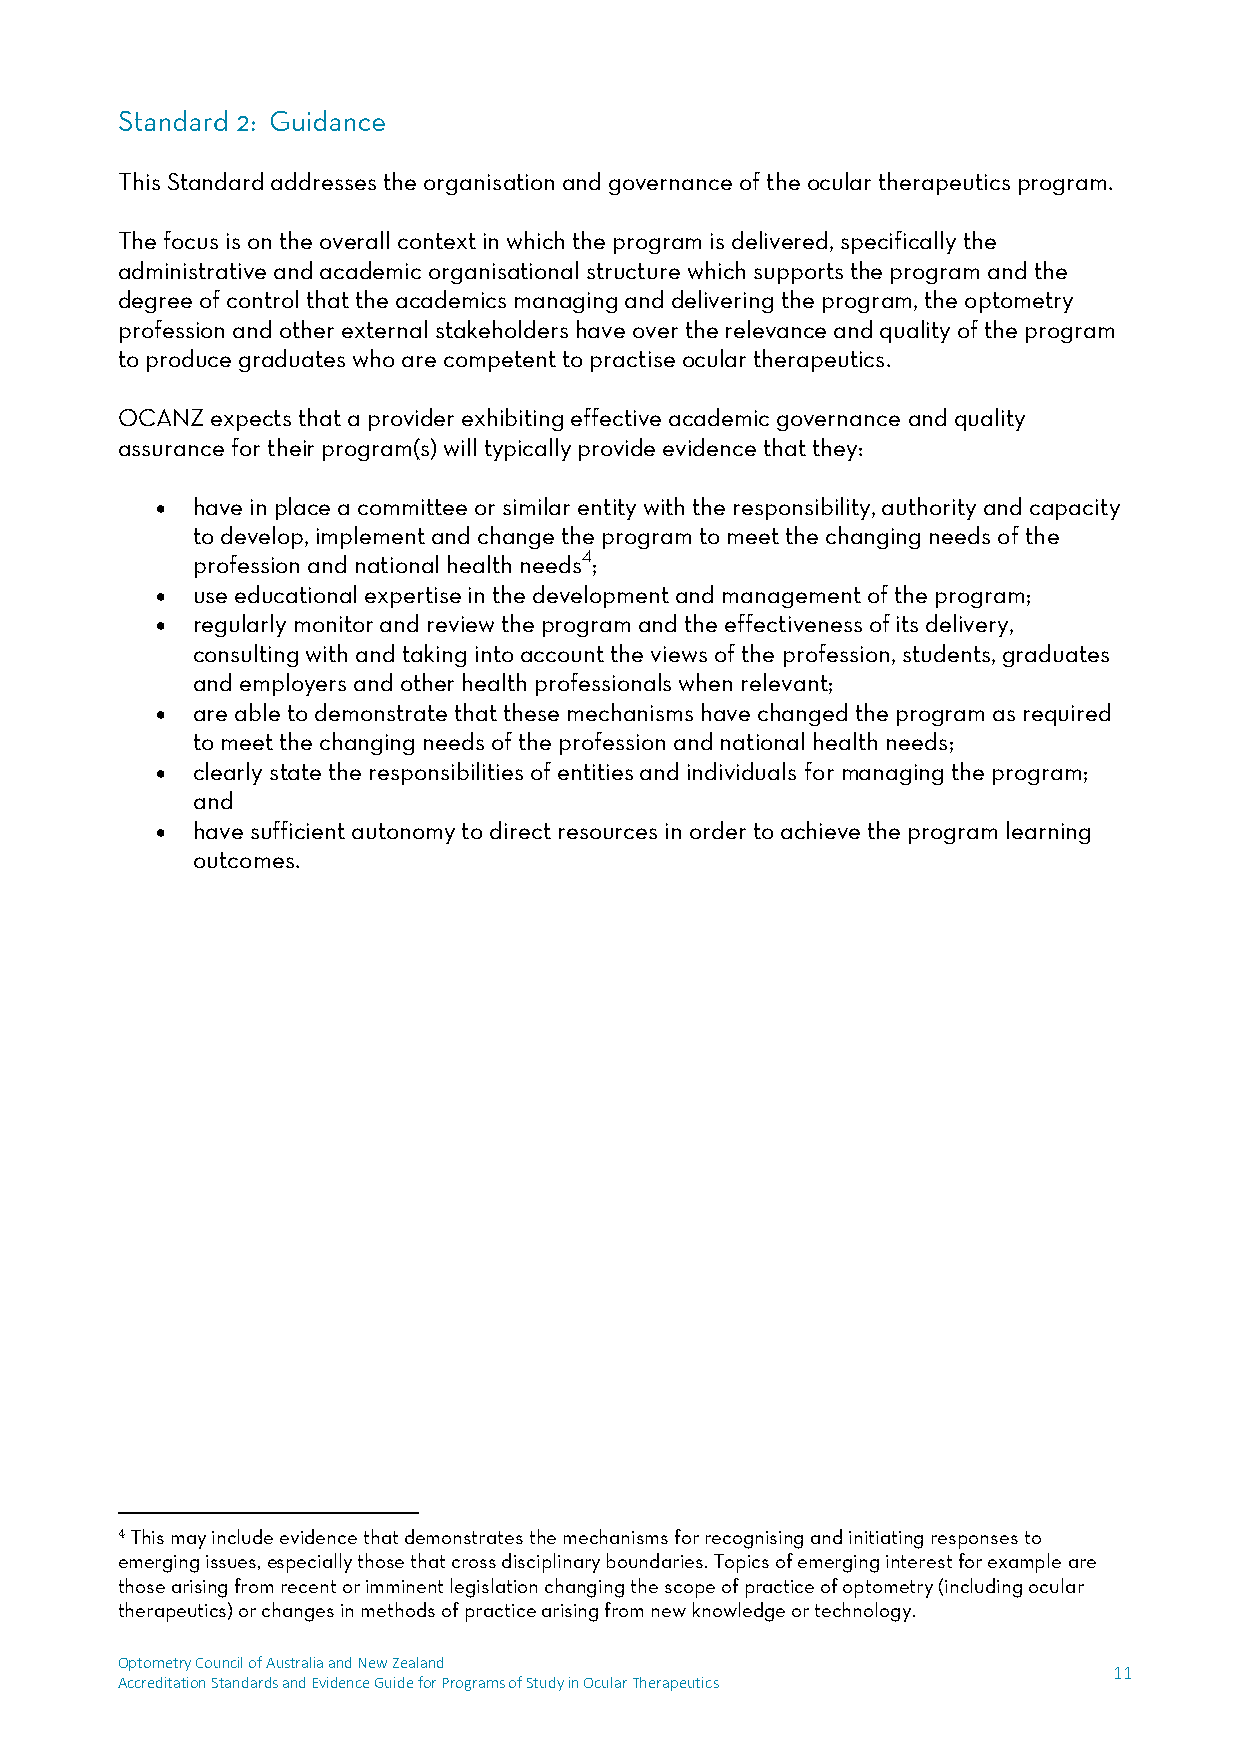
This Standard addresses the organisation and governance of the ocular therapeutics program.
 The focus is on the overall context in which the program is delivered, specifically the
 administrative and academic organisational structure which supports the program and the
 degree of control that the academics managing and delivering the program, the optometry
 profession and other external stakeholders have over the relevance and quality of the program
 to produce graduates who are competent to practise ocular therapeutics.
 OCANZ expects that a provider exhibiting effective academic governance and quality
 assurance for their program(s) will typically provide evidence that they:
   have in place a committee or similar entity with the responsibility, authority and capacity
 to develop, implement and change the program to meet the changing needs of the
 profession and national health needs4;
   use educational expertise in the development and management of the program;
   regularly monitor and review the program and the effectiveness of its delivery,
 consulting with and taking into account the views of the profession, students, graduates
 and employers and other health professionals when relevant;
   are able to demonstrate that these mechanisms have changed the program as required
 to meet the changing needs of the profession and national health needs;
   clearly state the responsibilities of entities and individuals for managing the program;
 and
   have sufficient autonomy to direct resources in order to achieve the program learning
 outcomes.
 4 This may include evidence that demonstrates the mechanisms for recognising and initiating responses to
 emerging issues, especially those that cross disciplinary boundaries. Topics of emerging interest for example are
 those arising from recent or imminent legislation changing the scope of practice of optometry (including ocular
 therapeutics) or changes in methods of practice arising from new knowledge or technology.
 Optometry Council of Australia and New Zealand
 11
 Accreditation Standards and Evidence Guide for Programs of Study in Ocular Therapeutics